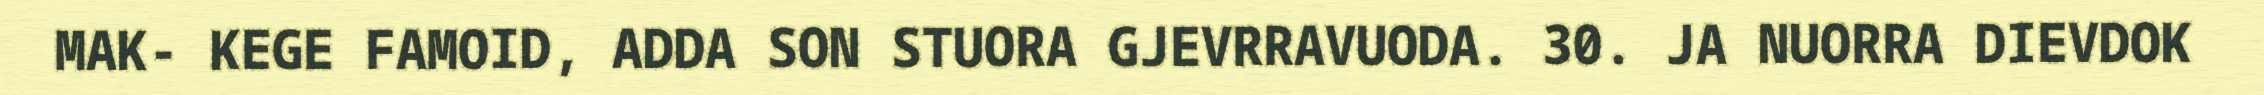
MAK- KEGE FAMOID, ADDA SON STUORA GJEVRRAVUODA. 30. JA NUORRA DIEVDOK